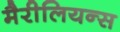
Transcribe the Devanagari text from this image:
मैरीलियन्स